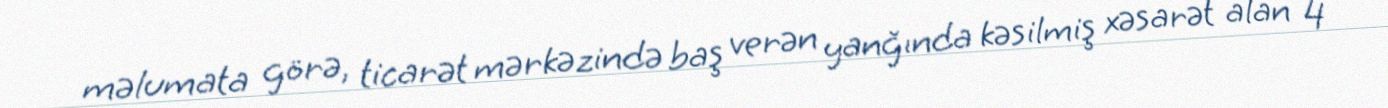
məlumata görə, ticarət mərkəzində baş verən yanğında kəsilmiş xəsarət alan 4